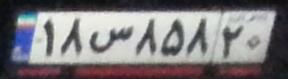
۱۸س۸۵۸۲۰